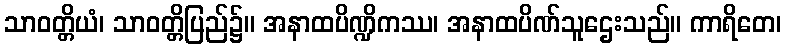
သာဝတ္တိယံ၊ သာဝတ္တိပြည်၌။ အနာထပိဏ္ဍိကဿ၊ အနာထပိဏ်သူဌေးသည်။ ကာရိတေ၊